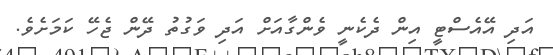
އަދި އޭއެސްޓީ އިން ދެކެނީ ވެންގާއަށް އަދި ވަގުތު ދޭން ޖެހޭ ކަމަށެވެ.